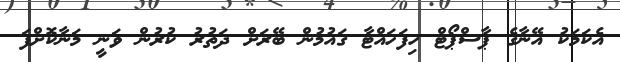
އެކަމަކު އޭނާގެ ޕާސްޕޯޓް ހިފަހައްޓާ ގައުމުން ބޭރަށް ދަތުރު ކުރުން ވަނީ މަނާކޮށްފަ